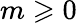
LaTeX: m\geqslant 0